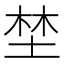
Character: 埜